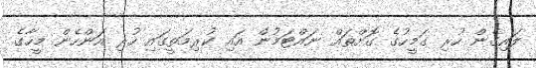
ލައިގެން ހުރި ގަމީހުގެ ގޮށްތައް ނައްޓަމުން އައި ކުރިމަތީގައި ހުރި އަންހެން މީހާގެ